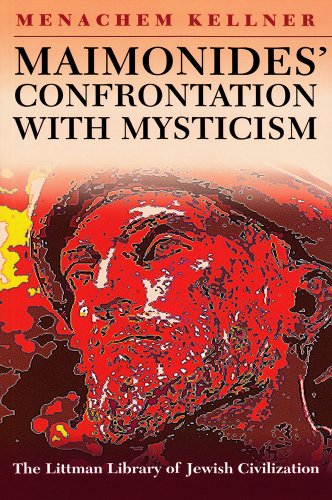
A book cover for Maimonides' Confrontation with Mysticism (Littman Library of Jewish Civilization); Menachem Kellner; Religion & Spirituality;